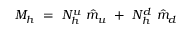
M _ { h } ~ = ~ N _ { h } ^ { u } ~ \hat { m } _ { u } ~ + ~ N _ { h } ^ { d } ~ \hat { m } _ { d }